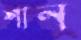
শান